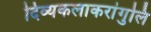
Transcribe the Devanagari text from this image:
दिव्यकलाकरांगुलि